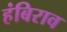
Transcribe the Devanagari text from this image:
हंबिराव